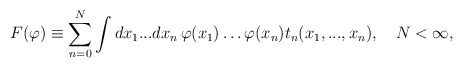
\begin{align*}F(\varphi)\equiv\sum_{n=0}^N\int dx_1...dx_n\,\varphi (x_1)\ldots\varphi (x_n)t_n(x_1,...,x_n),\quad N<\infty,\end{align*}